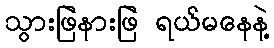
သွားဖြဲနားဖြဲ ရယ်မနေနဲ့